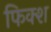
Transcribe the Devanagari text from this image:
फिक्श